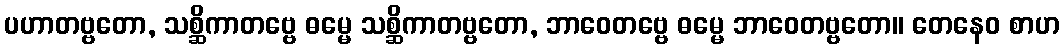
ပဟာတဗ္ဗတော, သစ္ဆိကာတဗ္ဗေ ဓမ္မေ သစ္ဆိကာတဗ္ဗတော, ဘာဝေတဗ္ဗေ ဓမ္မေ ဘာဝေတဗ္ဗတော။ တေနေဝ စာဟ